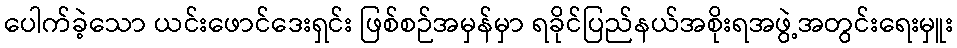
ပေါက်ခဲ့သော ယင်းဖောင်ဒေးရှင်း ဖြစ်စဉ်အမှန်မှာ ရခိုင်ပြည်နယ်အစိုးရအဖွဲ့အတွင်းရေးမှူး